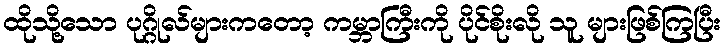
ထိုသို့သော ပုဂ္ဂိုလ်များကတော့ ကမ္ဘာကြီးကို ပိုင်စိုးလို သူ များဖြစ်ကြပြီး